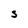
Character: S